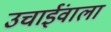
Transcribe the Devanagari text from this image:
उचाईंवाला